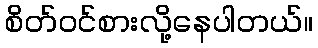
စိတ်ဝင်စားလို့နေပါတယ်။